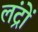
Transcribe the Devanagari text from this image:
लंद्रों